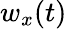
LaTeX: w_{x}(t)